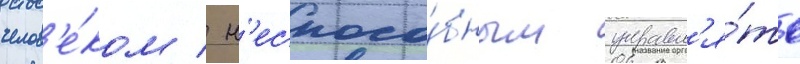
челов'е́ком / н'еспосо́бным управл'я́ть